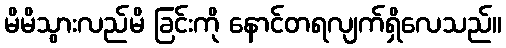
မိမိသွားလည်မိ ခြင်းကို နောင်တရလျက်ရှိလေသည်။